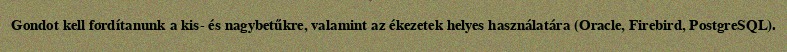
Gondot kell fordítanunk a kis- és nagybetűkre, valamint az ékezetek helyes használatára (Oracle, Firebird, PostgreSQL).